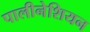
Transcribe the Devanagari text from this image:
पालीनेशियन